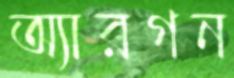
অ্যারগন